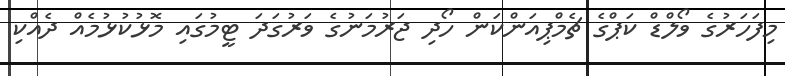
މިފަހަރުގެ ވޯލްޑް ކަޕްގެ ޗެމްޕިއަންކަން ހޯދި ޖަރުމަނުގެ ވަރުގަދަ ޓީމުގައި މޮޅުކުޅުމެއް ދެއްކި